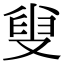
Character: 𠭦